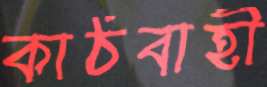
কাঠবাহী